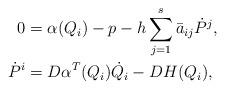
LaTeX: \begin{align*}0 &= \alpha(Q_i) - p - h \sum_{j=1}^s \bar a_{ij} \dot P^j, \\\dot P^i &= D\alpha^T(Q_i) \dot Q_i - DH(Q_i),\end{align*}